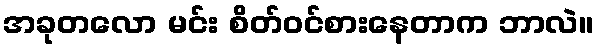
အခုတလော မင်း စိတ်ဝင်စားနေတာက ဘာလဲ။